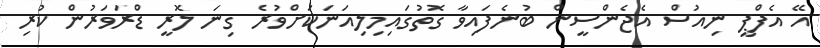
އޭ އެފްޕީ ނިއުސް އެޖެންސީން ބުނެފައިވާ ގޮތުގައިމިލިއަނަކަށްވުރެ ގިނަ ލޮރީ ޑްރަވަރުން ކުރި